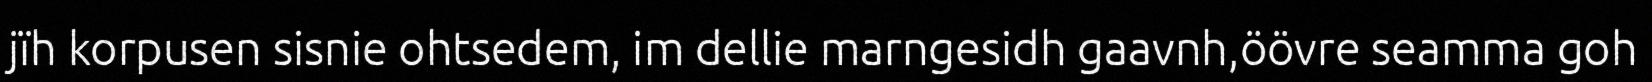
jïh korpusen sisnie ohtsedem, im dellie marngesidh gaavnh,öövre seamma goh